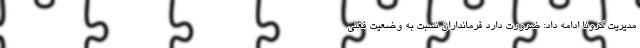
مدیریت کرونا ادامه داد: ضرورت دارد فرمانداران نسبت به وضعیت فعلی